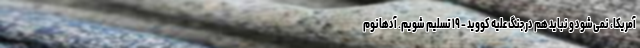
آمریکا، نمی‌شود و نباید هم در جنگ علیه کووید – ۱۹ تسلیم شویم. آدهانوم